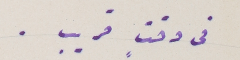
فى وقت قريب.